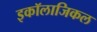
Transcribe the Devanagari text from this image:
इकॉलाजिकल